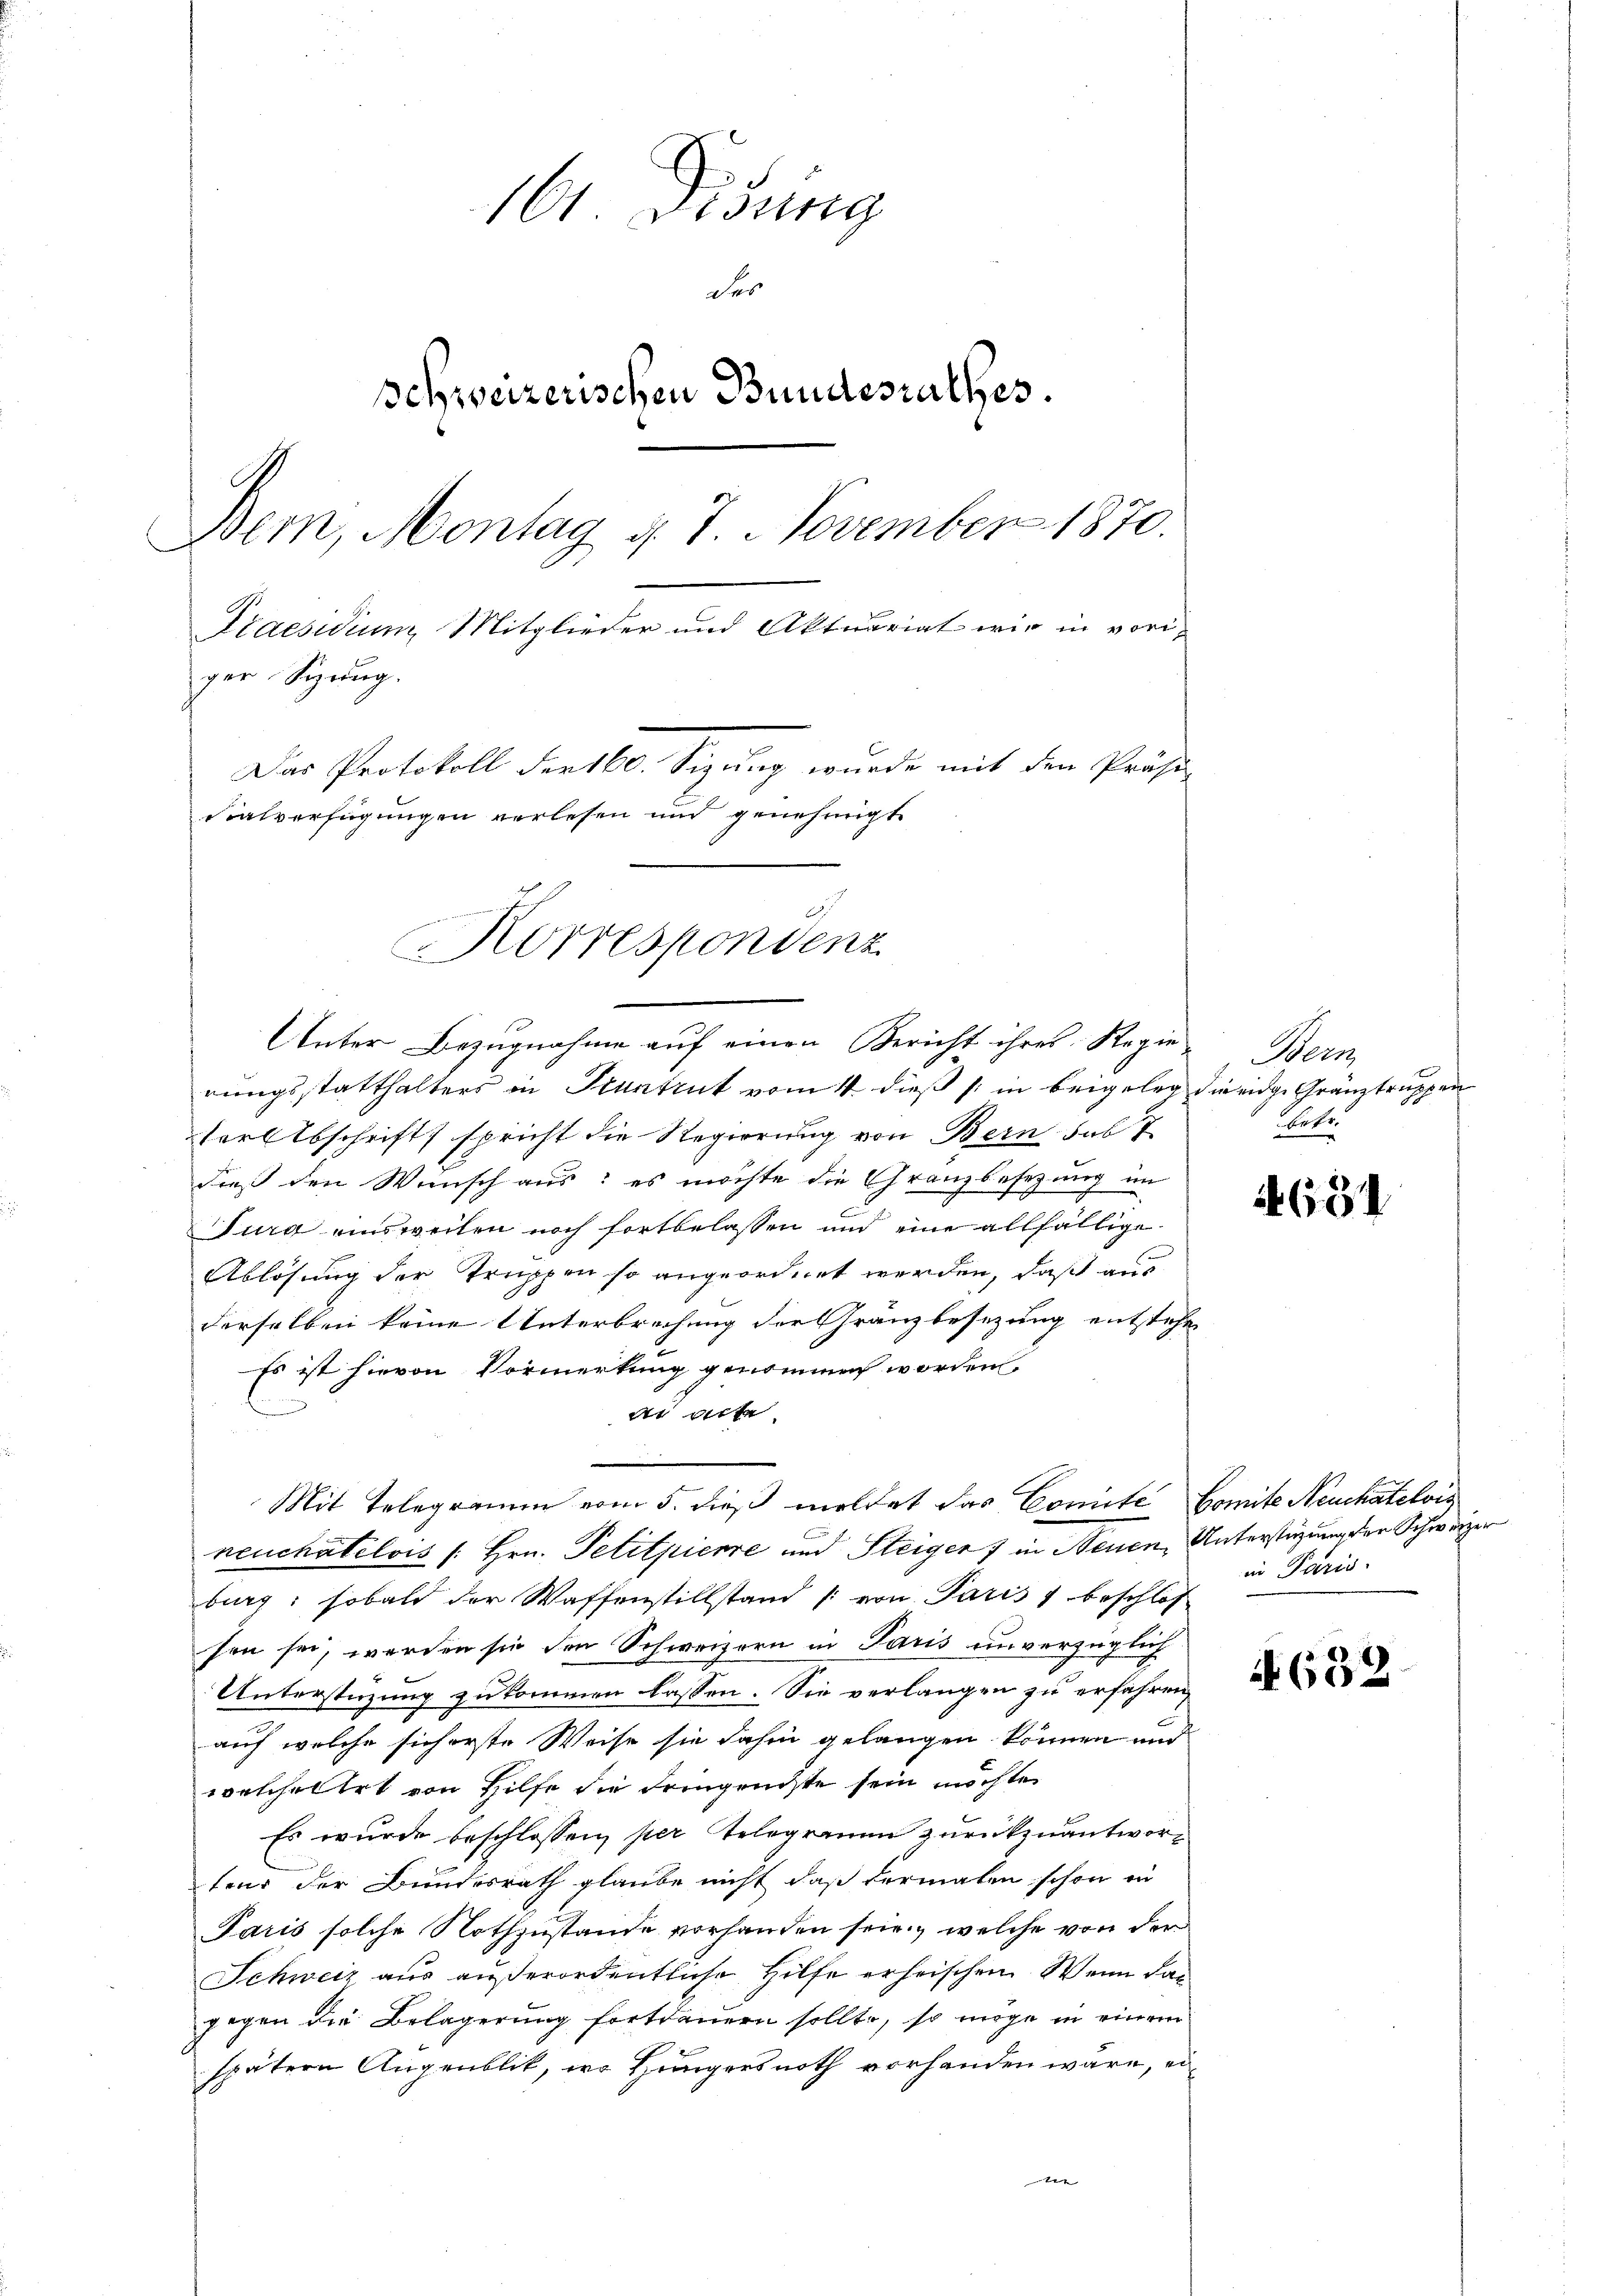
101. Disserg
der
schweizerischen Bundesrathes.
Bern, Montag d. 7. November 1870.
s
Praesidium Mitglieder und Aktuariat wir in voriger Syrug.
Das Protokoll der 160. Sigung wurde mit den Präsi-
Sialverfügungen verlesen und genehmigt

Korrespondenz

Unter Bezugnahme auf einen Bericht ihres Regie

rungsstatthalters in Pruntrut vom 14. dieß (: in beigeleg die eidge Gränztruppen
ter Abschrift spricht die Regierung von Bern das 7
dieß den Wunsch aus: es möchte die Granzbesezung im
Burg einsweilen noch fortbelassen und eine allfällige
Ablösung der Truppen so angeordnet werden, daß aus
derselben keine Unterbrechung der Gränzbesezung entstehe
Es ist hievon Vormerkung genommen worden.
d acte
Mit Telegramm vom 5. dieß meldet das Comite Comite Neuchatelvis
neuchatelois /: Hrn. Petitpierre und Steiger 7 in Neuen, Unterstüzung der Schweizer
burg: sobald der Waffenstillstand /: von Paris 1 beschlos
sen sei, werden sie den Schweizern in Paris unverzüglich
Unterstüzung zukommen lassen. Sie verlangen zu erfahren,
auf welche sich erste Weise sie dahin gelangen können und
welchellet von Hilfe die Feingruchste sein möchte.
Es wurde beschlossen, per Telegramm zurückzuantwortend der Bundesrath glaube nicht, daß dermalen schon in
Paris solche Nothzustande vorhanden sein, welche von der
Schweiz aus außerordentliche Hilfe erheischen. Wenn das
gegen die Belagerung fortdauern sollte, so möge in einem
spätern Augenblik, wo Hungersnoth vorhanden wäre, ei¬

Wern
betr.

4631

in Paris

4. 632.